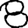
Digit: 8